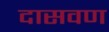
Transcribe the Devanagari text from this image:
दासवण